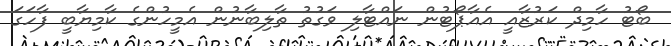
ބޯޓު ހާމިދް ކަރުޒާއީ އެއާޕޯޓުން ނައްޓާލި ވަގުތު ތާލިބާނުން އެމީހުންގެ ކާމިޔާބީ ފާހަގަ